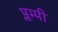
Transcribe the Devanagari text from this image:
प्लम्पी